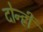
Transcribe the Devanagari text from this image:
दोन्ह्री